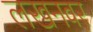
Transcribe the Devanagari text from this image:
लखनवर